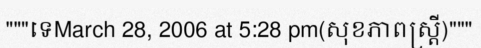
"""ទេMarch 28, 2006 at 5:28 pm(សុខភាពស្ត្រី)"""